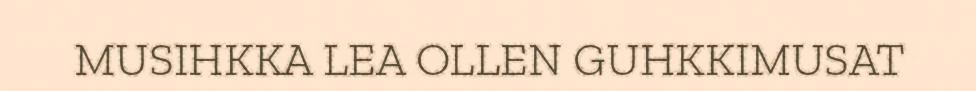
MUSIHKKA LEA OLLEN GUHKKIMUSAT